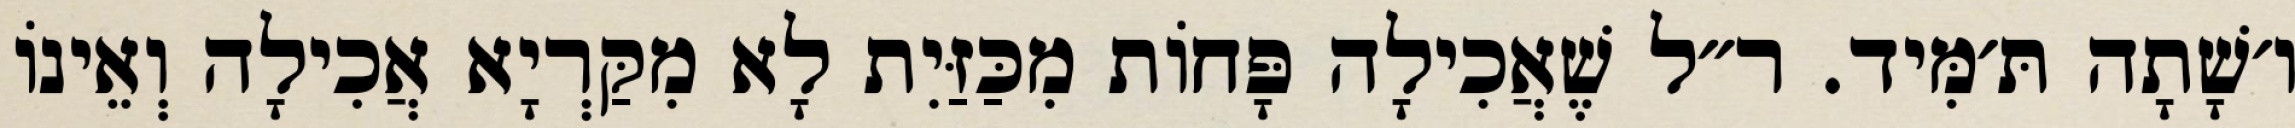
ו׳שָׁתָה תּ׳מִּיד. ר״ל שֶׁאֲכִילָה פָּחוֹת מִכַּזַּיִת לָא מִקַּרְיָא אֲכִילָה וְאֵינוֹ